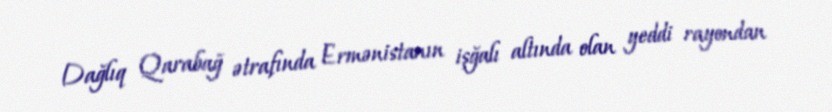
Dağlıq Qarabağ ətrafında Ermənistanın işğalı altında olan yeddi rayondan